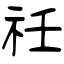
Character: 祍